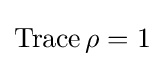
\mathop {\text{Trace}} \rho =1